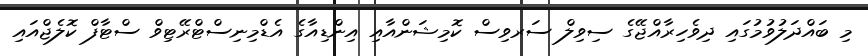
މި ބައްދަލުވުމުގައި ދިވެހިރާއްޖޭގެ ސިވިލް ސަރވިސް ކޮމިޝަންއާއި އިންޑިއާގެ އެޑްމިނިސްޓްރޭޓިވް ސްޓާފް ކޮލެޖްއައި